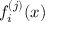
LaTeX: f _ { i } ^ { ( j ) } ( x )